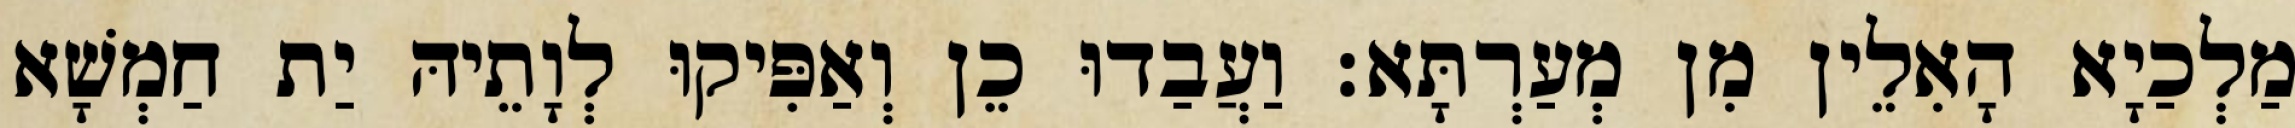
מַלְכַיָא הָאִלֵין מִן מְעַרְתָּא׃ וַעֲבַדוּ כֵן וְאַפִּיקוּ לְוָתֵיהּ יַת חַמְשָׁא